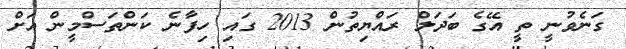
ގަނެވުނީ ތީ އޭގެ ބަދަލް ރައްޔިތުން 2013 ގައި ހިފާނެ ކަންތަސްމީން އަށް